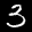
Label: 3